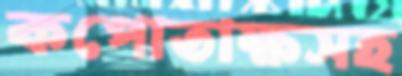
কপোতাক্ষসহ